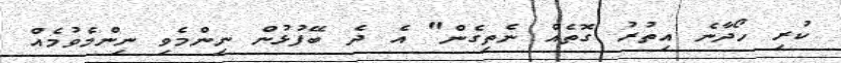
ކުރި ހޯދާނެ އިތުރު ގޮތެއް ނެތިގެން" އެ ދެ ބޭފުޅުން ނިންމެވި ނިންމެވުމެއް